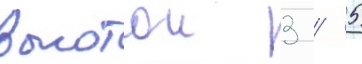
высотои 3 / 5